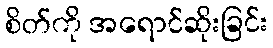
စိတ်ကို အရောင်ဆိုးခြင်း